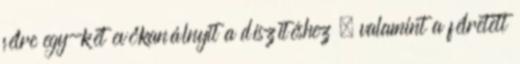
félre egy-két evőkanálnyit a díszítéshez , valamint a félretett